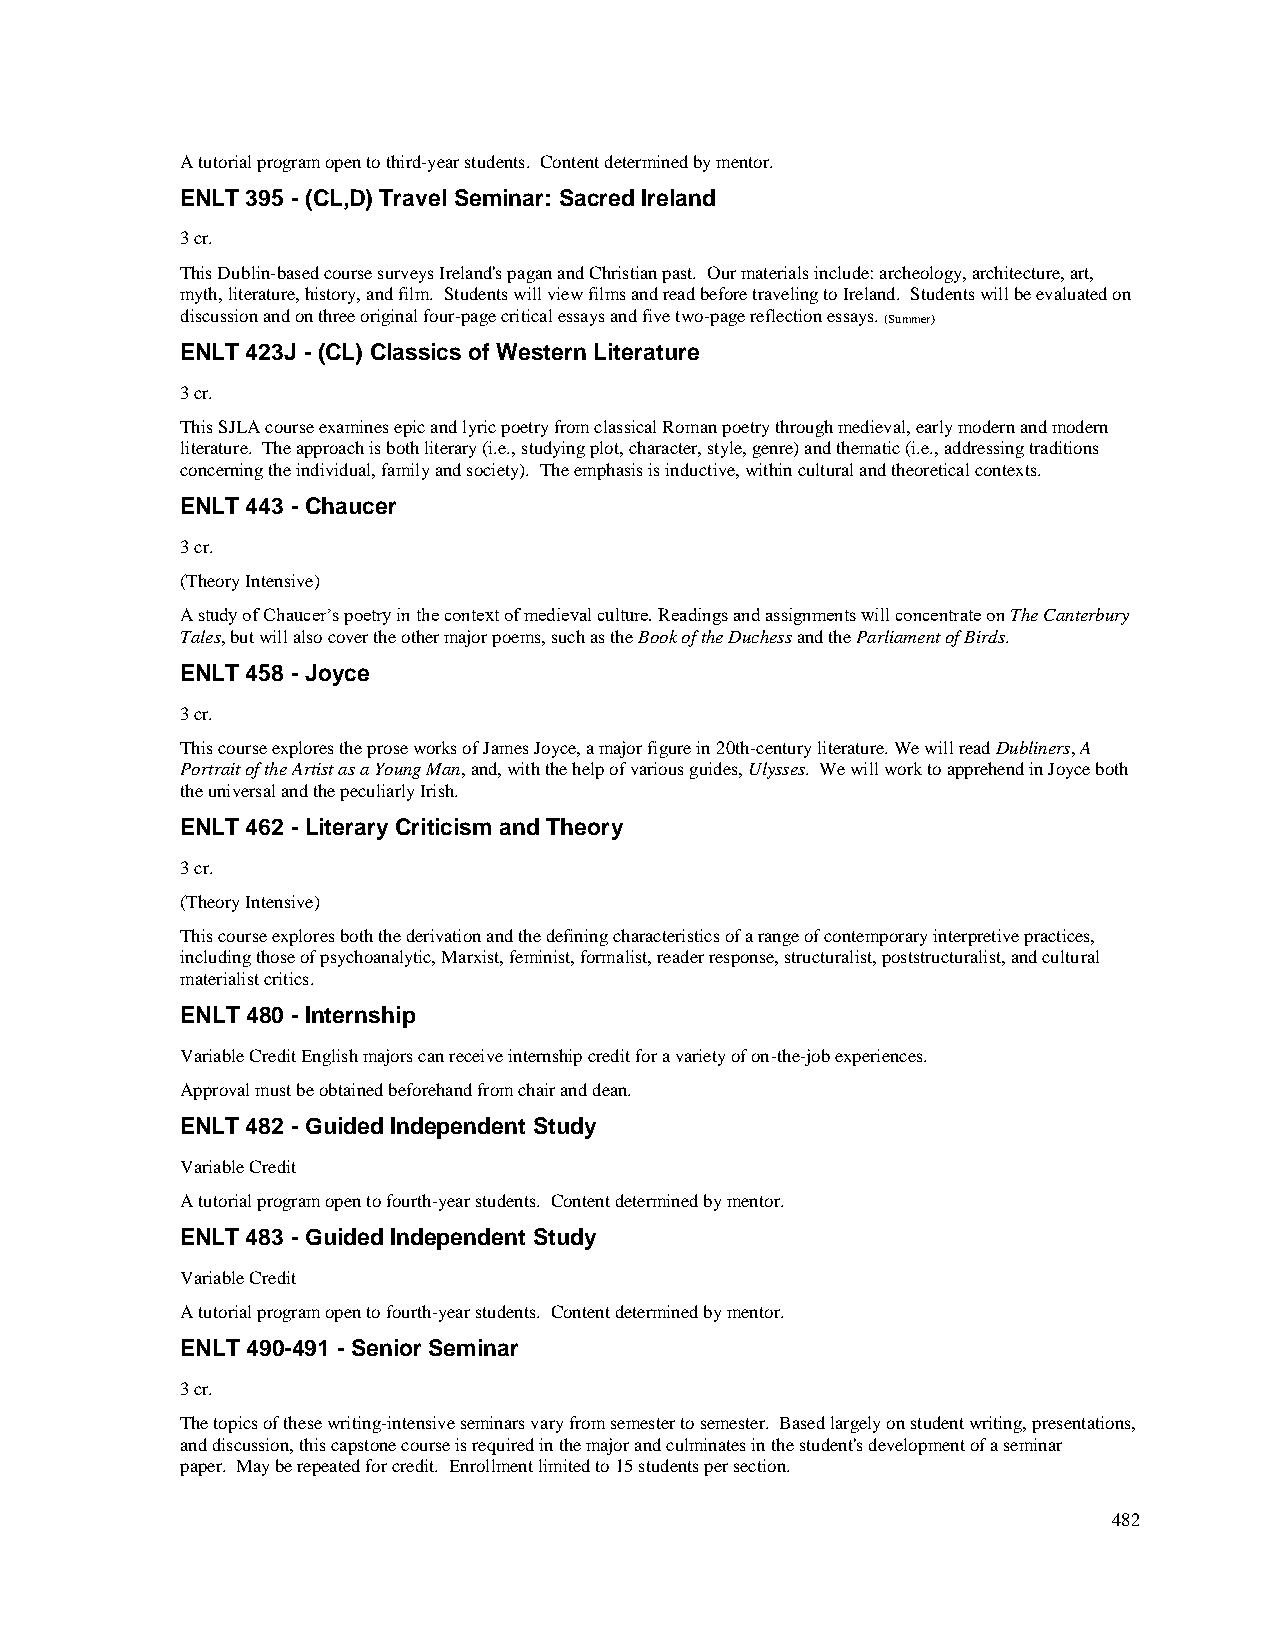
A tutorial program open to third-year students. Content determined by mentor.
 ENLT 395 - (CL,D) Travel Seminar: Sacred Ireland
 3 cr.
 This Dublin-based course surveys Ireland's pagan and Christian past. Our materials include: archeology, architecture, art,
 myth, literature, history, and film. Students will view films and read before traveling to Ireland. Students will be evaluated on
 discussion and on three original four-page critical essays and five two-page reflection essays. (Summer)
 ENLT 423J - (CL) Classics of Western Literature
 3 cr.
 This SJLA course examines epic and lyric poetry from classical Roman poetry through medieval, early modern and modern
 literature. The approach is both literary (i.e., studying plot, character, style, genre) and thematic (i.e., addressing traditions
 concerning the individual, family and society). The emphasis is inductive, within cultural and theoretical contexts.
 ENLT 443 - Chaucer
 3 cr.
 (Theory Intensive)
 A study of Chaucer’s poetry in the context of medieval culture. Readings and assignments will concentrate on The Canterbury
 Tales, but will also cover the other major poems, such as the Book of the Duchess and the Parliament of Birds.
 ENLT 458 - Joyce
 3 cr.
 This course explores the prose works of James Joyce, a major figure in 20th-century literature. We will read Dubliners, A
 Portrait of the Artist as a Young Man, and, with the help of various guides, Ulysses. We will work to apprehend in Joyce both
 the universal and the peculiarly Irish.
 ENLT 462 - Literary Criticism and Theory
 3 cr.
 (Theory Intensive)
 This course explores both the derivation and the defining characteristics of a range of contemporary interpretive practices,
 including those of psychoanalytic, Marxist, feminist, formalist, reader response, structuralist, poststructuralist, and cultural
 materialist critics.
 ENLT 480 - Internship
 Variable Credit English majors can receive internship credit for a variety of on-the-job experiences.
 Approval must be obtained beforehand from chair and dean.
 ENLT 482 - Guided Independent Study
 Variable Credit
 A tutorial program open to fourth-year students. Content determined by mentor.
 ENLT 483 - Guided Independent Study
 Variable Credit
 A tutorial program open to fourth-year students. Content determined by mentor.
 ENLT 490-491 - Senior Seminar
 3 cr.
 The topics of these writing-intensive seminars vary from semester to semester. Based largely on student writing, presentations,
 and discussion, this capstone course is required in the major and culminates in the student's development of a seminar
 paper. May be repeated for credit. Enrollment limited to 15 students per section.
 482